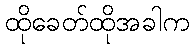
ထိုခေတ်ထိုအခါက